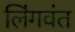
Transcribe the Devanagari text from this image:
लिंगवंत